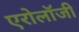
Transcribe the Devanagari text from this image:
एरोलॉजी